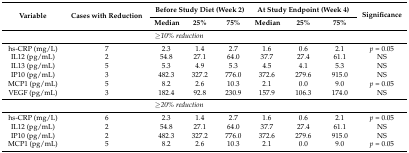
<table><thead><tr><td rowspan="2"><b>Variable</b></td><td rowspan="2"><b>Cases with Reduction</b></td><td colspan="3"><b>Before Study Diet (Week 2)</b></td><td colspan="3"><b>At Study Endpoint (Week 4)</b></td><td rowspan="2"><b>Significance</b></td></tr><tr><td><b>Median</b></td><td><b>25%</b></td><td><b>75%</b></td><td><b>Median</b></td><td><b>25%</b></td><td><b>75%</b></td></tr></thead><tbody><tr><td colspan="8"><i>≥10% reduction</i></td><td></td></tr><tr><td>hs-CRP (mg/L)</td><td>7</td><td>2.3</td><td>1.4</td><td>2.7</td><td>1.6</td><td>0.6</td><td>2.1</td><td><i>p</i> = 0.05</td></tr><tr><td>IL12 (pg/mL)</td><td>2</td><td>54.8</td><td>27.1</td><td>64.0</td><td>37.7</td><td>27.4</td><td>61.1</td><td>NS</td></tr><tr><td>IL13 (pg/mL)</td><td>5</td><td>5.3</td><td>4.9</td><td>5.3</td><td>4.5</td><td>4.1</td><td>5.3</td><td>NS</td></tr><tr><td>IP10 (pg/mL)</td><td>3</td><td>482.3</td><td>327.2</td><td>776.0</td><td>372.6</td><td>279.6</td><td>915.0</td><td>NS</td></tr><tr><td>MCP1 (pg/mL)</td><td>5</td><td>8.2</td><td>2.6</td><td>10.3</td><td>2.1</td><td>0.0</td><td>9.0</td><td><i>p</i> = 0.05</td></tr><tr><td>VEGF (pg/mL)</td><td>3</td><td>182.4</td><td>92.8</td><td>230.9</td><td>157.9</td><td>106.3</td><td>174.0</td><td>NS</td></tr><tr><td colspan="8"><i>≥20% reduction</i></td><td></td></tr><tr><td>hs-CRP (mg/L)</td><td>6</td><td>2.3</td><td>1.4</td><td>2.7</td><td>1.6</td><td>0.6</td><td>2.1</td><td><i>p</i> = 0.05</td></tr><tr><td>IL12 (pg/mL)</td><td>2</td><td>54.8</td><td>27.1</td><td>64.0</td><td>37.7</td><td>27.4</td><td>61.1</td><td>NS</td></tr><tr><td>IP10 (pg/mL)</td><td>2</td><td>482.3</td><td>327.2</td><td>776.0</td><td>372.6</td><td>279.6</td><td>915.0</td><td>NS</td></tr><tr><td>MCP1 (pg/mL)</td><td>5</td><td>8.2</td><td>2.6</td><td>10.3</td><td>2.1</td><td>0.0</td><td>9.0</td><td><i>p</i> = 0.05</td></tr></tbody></table>